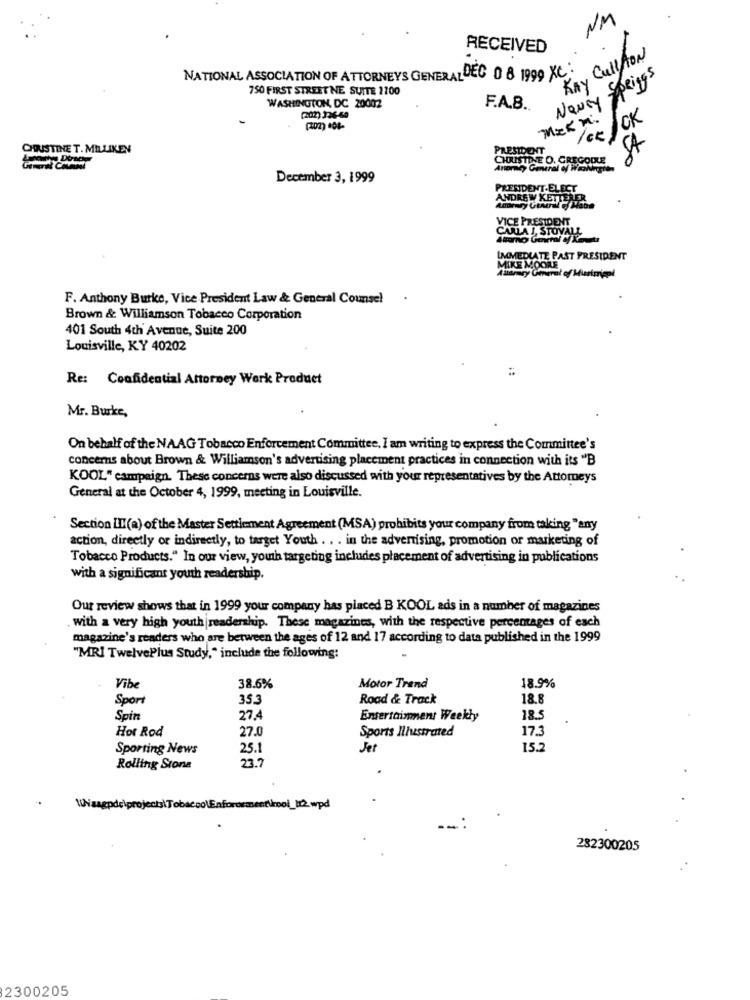
NM
RECEIVED
KAY CullAON
NATIONAL ASSOCIATION OF ATTORNEYS GENERAL DEC 0 8 1999 XC :
Newey Springs
750 FIRST STREET NE SUITE 2200
WASHINGTON, DC 20002
F.A.B.
mekM.
(202) 404-
CHRISTINE T. MILLIKEN
PRESIDENT
CHRISTINE O. GREGODE
$350
Anormey General of it hunston
December 3, 1999
PRESIDENT-ELECT
ANDREW KETTERER
VICE PRESIDENT
CARLA I, STOVALL
IMMEDIATE PAST PRESIDENT
MIKE MOORE
F. Anthony Burke, Vice President Law & General Counsel
Brown & Williamson Tobacco Corporation
401 South 4th Avenue, Suite 200
Louisville, KY 40202
Re: Confidential Attorney Werk Product
Mr. Burke,
On behalf of the NAAG Tobacco Enforcement Committee, I am writing to express the Committee's
concerns about Brown & Williamson's advertising placement practices in connection with its "B
KOOL" campaign. These concerns were also discussed with your representatives by the Attorneys
General at the October 4, 1999, meeting in Louisville.
Section LII(a) of the Master Settlement Agreement (MSA) prohibits your company from taking "any
action, directly or indirectly, to target Youth . . . in the advertising, promotion or marketing of
Tobacco Products." In our view, youh targeting includes placement of advertising in publications
with a significant youth readership.
Our review shows that in 1999 your company has placed B KOOL ads in a number of magazines
with a very high youth readership. These magazines, with the respective percentages of each
magazine's readers who are between the ages of 12 and 17 according to data published in the 1999
"MRI TwelvePlus Study," include the following:
Vibe
38.6%
Motor Trend
18.9%
Sport
35.3
Road & Track
18.8
Spin
27.4
Entertainment Weekly
18.5
27.0
Sports Illustrated
17.3
Hot Rod
Sporting News
25.
Jer
15.2
23.7
Rolling Stone
282300205
2300205